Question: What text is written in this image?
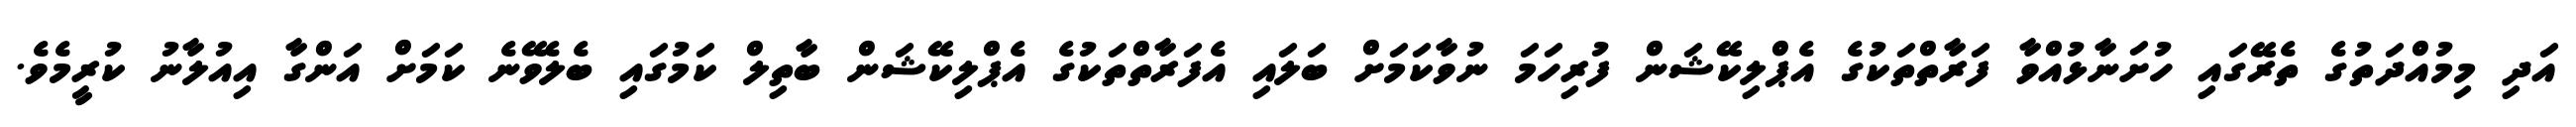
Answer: އަދި މިމުއްދަތުގެ ތެރޭގައި ހުށަނާޅުއްވާ ފަރާތްތަކުގެ އެޕްލިކޭޝަން ފުރިހަމަ ނުވާކަމަށް ބަލައި އެފަރާތްތަކުގެ އެޕްލިކޭޝަން ބާތިލް ކަމުގައި ބެލެވޭނެ ކަމަށް އަންގާ އިއުލާނު ކުރީމެވެ.